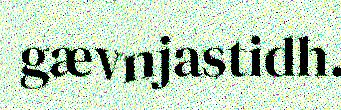
gævnjastidh.